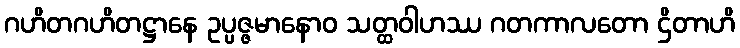
ဂဟိတဂဟိတဋ္ဌာနေ ဥပ္ပဇ္ဇမာနောဝ သတ္ထဝါဟဿ ဂတကာလတော ဌိတာဟိ